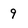
Character: 9